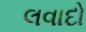
લવાદો